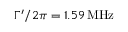
\Gamma ^ { \prime } / 2 \pi = 1 . 5 9 \, \mathrm { M H z }